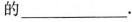
的___.